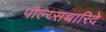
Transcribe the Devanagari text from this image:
पोल्य्सच्चारिदे